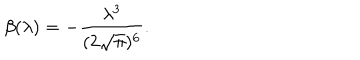
\beta ( \lambda ) = - \frac { \lambda ^ { 3 } } { ( 2 \sqrt { \pi } ) ^ { 6 } } .